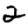
Digit: 2